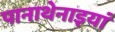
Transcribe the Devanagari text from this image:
पानाथेनाइयां